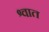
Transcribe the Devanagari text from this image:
श्वात